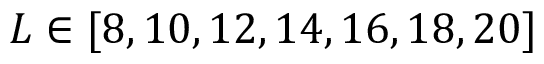
L \in [ 8 , 1 0 , 1 2 , 1 4 , 1 6 , 1 8 , 2 0 ]